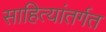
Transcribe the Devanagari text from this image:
साहित्यांतर्गत